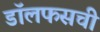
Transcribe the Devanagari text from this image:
डॉलफसची